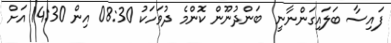
ފައިސާ ބަލައިގަންނާނީ  ބަންދުނޫން ކޮންމެ ދުވަހަކު 08:30 އިން 14:30 އަށް